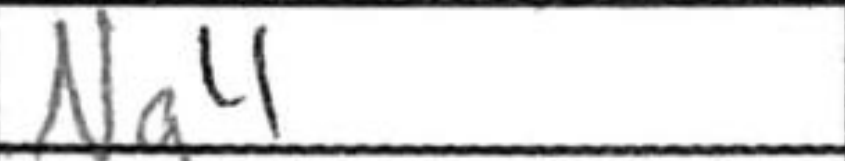
Transcription: Ng4